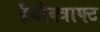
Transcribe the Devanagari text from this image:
हैंडीक्त्राफ्ट